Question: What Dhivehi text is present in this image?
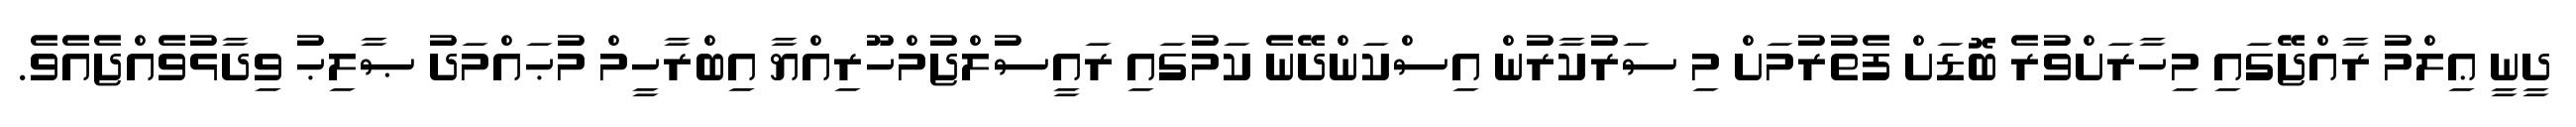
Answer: ދީނީ ޢިލްމު ރާއްޖޭގައި މިހާރަށްވުރެ ބޮޑަށް ފެތުރުމަށް މި ސަރުކާރުން އިސްކަންދޭނެ ކަމުގައި ރައީސުލްޖުމްހޫރިއްޔާ އިބްރާހީމް މުޙައްމަދު ޞާލިޙު ވިދާޅުވެއްޖެއެވެ.